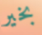
بخير